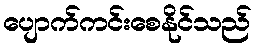
ပျောက်ကင်းစေနိုင်သည်